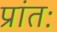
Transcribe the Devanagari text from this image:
प्रांतः